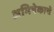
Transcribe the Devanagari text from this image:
अभिषेकाचे